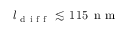
l _ { \mathrm { ~ d ~ i ~ f ~ f ~ } } \lesssim \, 1 1 5 \, \mathrm { ~ n ~ m ~ }